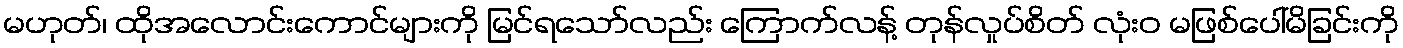
မဟုတ်၊ ထိုအလောင်းကောင်များကို မြင်ရသော်လည်း ကြောက်လန့် တုန်လှုပ်စိတ် လုံးဝ မဖြစ်ပေါ်မိခြင်းကို